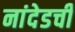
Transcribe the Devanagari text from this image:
नांदेडची